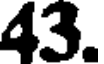
43.